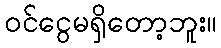
ဝင်ငွေမရှိတော့ဘူး။